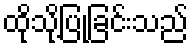
ထိုသို့ပြုခြင်းသည်